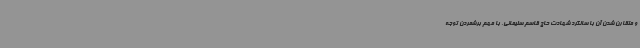
و متقارن شدن آن با سالگرد شهادت حاج قاسم سلیمانی، با مهم برشمردن توجه